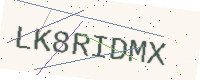
Text: LK8RIDMX